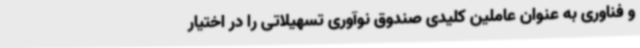
و فناوری به عنوان عاملین کلیدی صندوق نوآوری تسهیلاتی را در اختیار